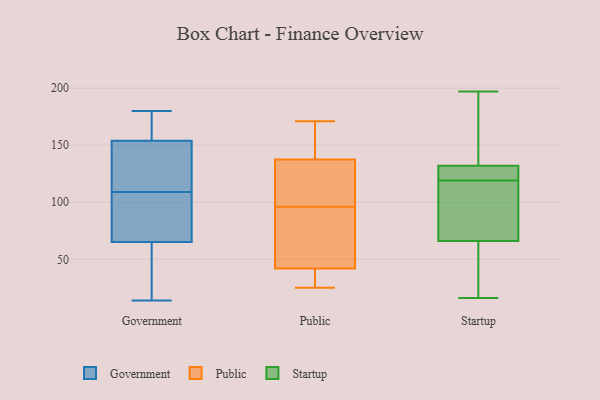
{"axis": {"x": "Website Visitors", "y": "Value"}, "legend": ["Government", "Public", "Startup"], "data": [{"x": "", "y": 128, "type": "Government"}, {"x": "", "y": 137, "type": "Government"}, {"x": "", "y": 148, "type": "Government"}, {"x": "", "y": 180, "type": "Government"}, {"x": "", "y": 20, "type": "Government"}, {"x": "", "y": 71, "type": "Government"}, {"x": "", "y": 172, "type": "Government"}, {"x": "", "y": 102, "type": "Government"}, {"x": "", "y": 14, "type": "Government"}, {"x": "", "y": 48, "type": "Government"}, {"x": "", "y": 177, "type": "Government"}, {"x": "", "y": 99, "type": "Government"}, {"x": "", "y": 109, "type": "Government"}, {"x": "", "y": 141, "type": "Public"}, {"x": "", "y": 31, "type": "Public"}, {"x": "", "y": 97, "type": "Public"}, {"x": "", "y": 93, "type": "Public"}, {"x": "", "y": 44, "type": "Public"}, {"x": "", "y": 40, "type": "Public"}, {"x": "", "y": 116, "type": "Public"}, {"x": "", "y": 171, "type": "Public"}, {"x": "", "y": 167, "type": "Public"}, {"x": "", "y": 25, "type": "Public"}, {"x": "", "y": 134, "type": "Public"}, {"x": "", "y": 95, "type": "Public"}, {"x": "", "y": 22, "type": "Startup"}, {"x": "", "y": 124, "type": "Startup"}, {"x": "", "y": 99, "type": "Startup"}, {"x": "", "y": 92, "type": "Startup"}, {"x": "", "y": 124, "type": "Startup"}, {"x": "", "y": 197, "type": "Startup"}, {"x": "", "y": 118, "type": "Startup"}, {"x": "", "y": 140, "type": "Startup"}, {"x": "", "y": 16, "type": "Startup"}, {"x": "", "y": 120, "type": "Startup"}, {"x": "", "y": 40, "type": "Startup"}, {"x": "", "y": 180, "type": "Startup"}]}